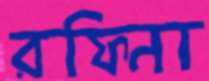
রফিনা